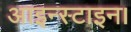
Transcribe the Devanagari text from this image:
आइन्स्टाइन।